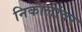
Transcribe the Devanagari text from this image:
निकालांवर